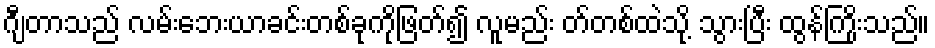
ဂျီတာသည် လမ်းဘေးယာခင်းတစ်ခုကိုဖြတ်၍ လူမည်း တ်တစ်ထဲသို့ သွားပြီး ထွန်ကြိုးသည်။